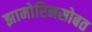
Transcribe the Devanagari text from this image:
झामोरिनसोबत